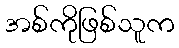
အစ်ကိုဖြစ်သူက